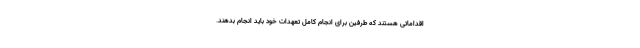
اقداماتی هستند که طرفین برای انجام کامل تعهدات خود باید انجام بدهند.